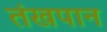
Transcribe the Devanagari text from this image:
तंखपान